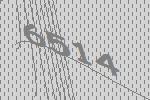
6514